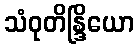
သံဝုတိန္ဒြိယော